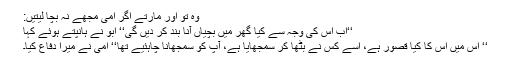
وہ تو اور مارتے اگر امی مجھے نہ بچا لیتیں:
‘‘اب اس کی وجہ سے کیا گھر میں بچیاں آنا بند کر دیں گی‘‘ ابو نے ہانپتے ہوئے کہا
‘‘ اس میں اس کا کیا قصور ہے، اسے کس نے بٹھا کر سمجھایا ہے، آپ کو سمجھانا چاہئیے تھا‘‘ امی نے میرا دفاع کیا۔